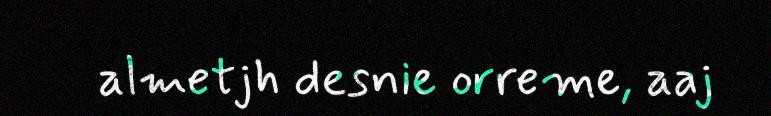
almetjh desnie orreme, aaj